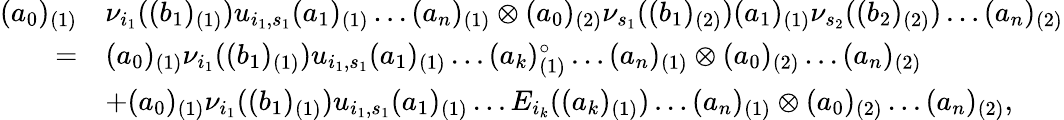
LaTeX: \begin{array}{rl}{(a_{0})_{(1)}}&{\nu_{i_{1}}((b_{1})_{(1)})u_{i_{1},s_{1}}(a_{1})_{(1)}\dots(a_{n})_{(1)}\otimes(a_{0})_{(2)}\nu_{s_{1}}((b_{1})_{(2)})(a_{1})_{(1)}\nu_{s_{2}}((b_{2})_{(2)})\dots(a_{n})_{(2)}}\\ {=}&{(a_{0})_{(1)}\nu_{i_{1}}((b_{1})_{(1)})u_{i_{1},s_{1}}(a_{1})_{(1)}\dots(a_{k})_{(1)}^{\circ}\dots(a_{n})_{(1)}\otimes(a_{0})_{(2)}\dots(a_{n})_{(2)}}\\ &{+(a_{0})_{(1)}\nu_{i_{1}}((b_{1})_{(1)})u_{i_{1},s_{1}}(a_{1})_{(1)}\dots E_{i_{k}}((a_{k})_{(1)})\dots(a_{n})_{(1)}\otimes(a_{0})_{(2)}\dots(a_{n})_{(2)},}\end{array}